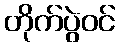
တိုက်ပွဲဝင်